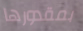
بمقدورها